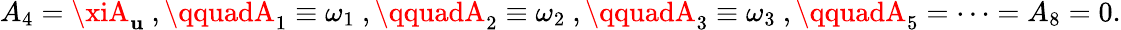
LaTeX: A_{4}=\xiA_{\mathbf{u}}\ ,\qquadA_{1}\equiv\omega_{1}\ ,\qquadA_{2}\equiv\omega_{2}\ ,\qquadA_{3}\equiv\omega_{3}\ ,\qquadA_{5}=\dots=A_{8}=0.